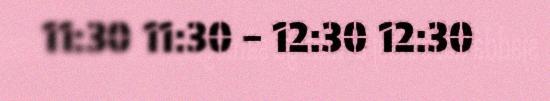
11:30 11:30 – 12:30 12:30